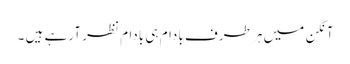
آنگن میں ہر طرف بادام ہی بادام نظر آرہے ہیں ۔